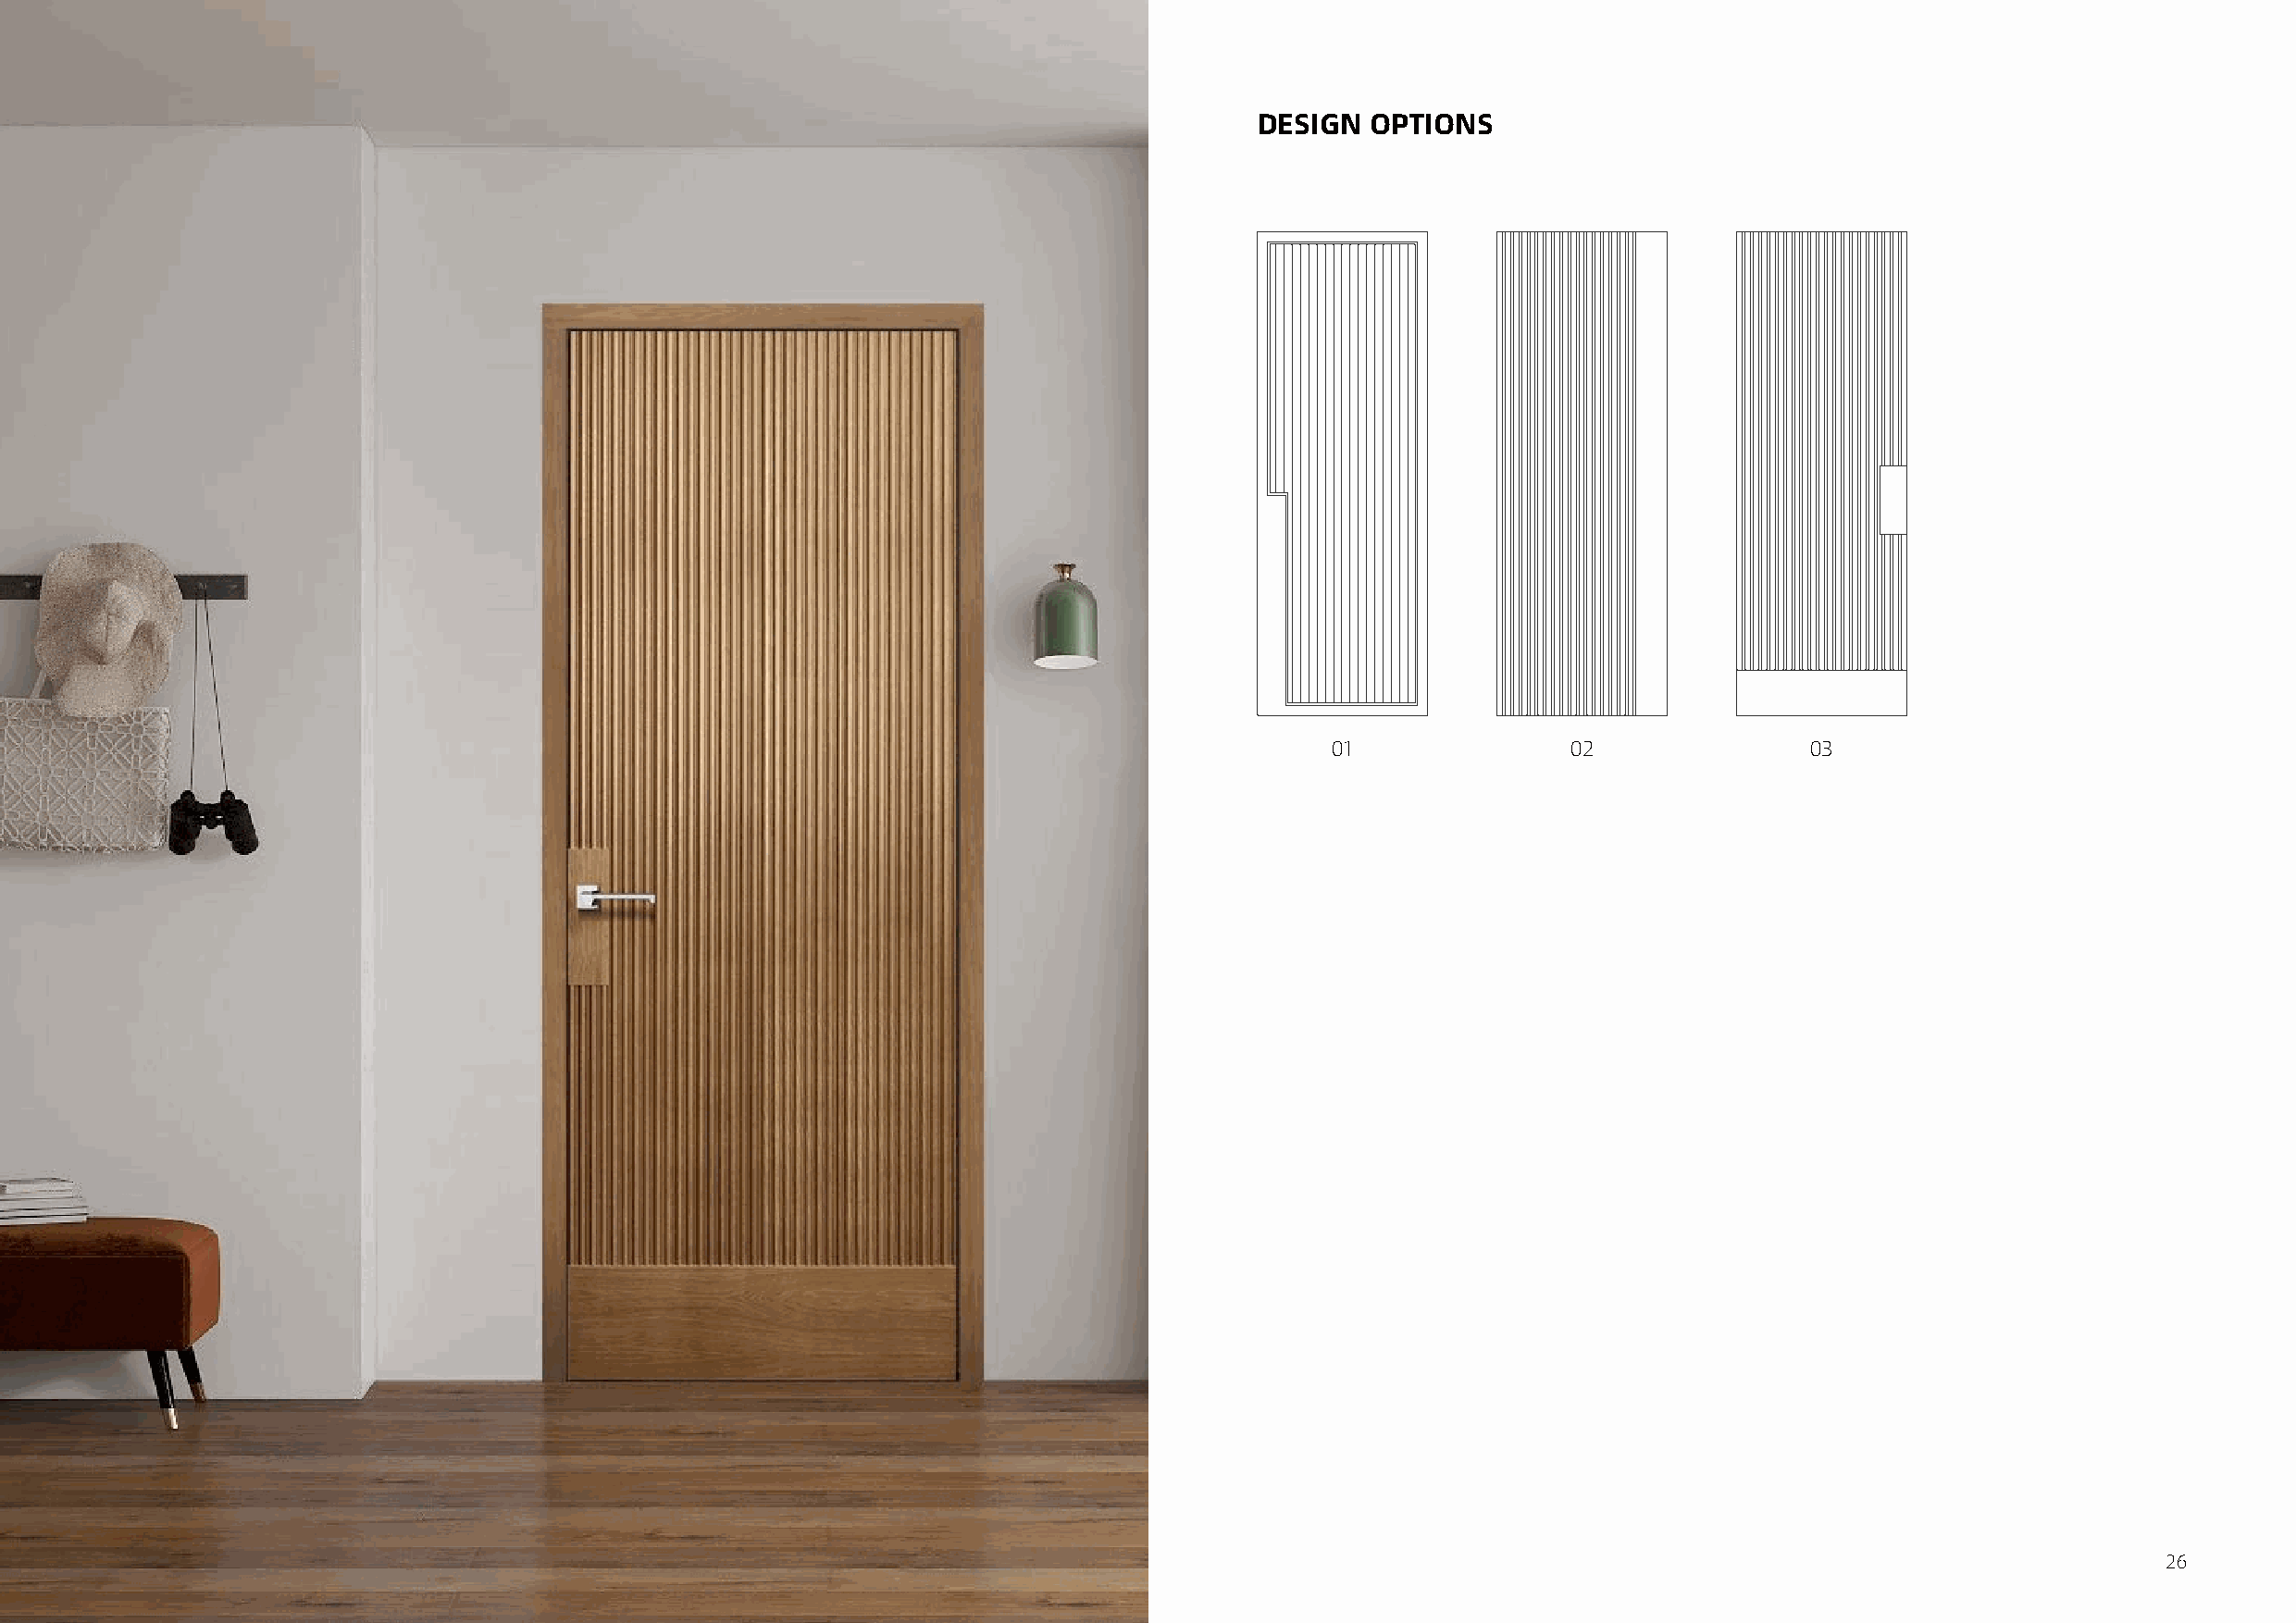
DESIGN  OPTIONS
 01               02               03
 25                                                                                                                                                 26